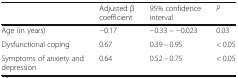
<table><thead><tr><td></td><td><b>Adjusted β coefficient</b></td><td><b>95% confidence interval</b></td><td><b><i>P</i></b></td></tr></thead><tbody><tr><td>Age (in years)</td><td>−0.17</td><td>−0.33 – −0.023</td><td>0.03</td></tr><tr><td>Dysfunctional coping</td><td>0.67</td><td>0.39 – 0.95</td><td>&lt; 0.05</td></tr><tr><td>Symptoms of anxiety and depression</td><td>0.64</td><td>0.52 – 0.75</td><td>&lt; 0.05</td></tr></tbody></table>